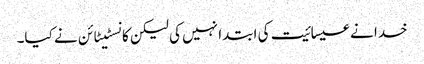
خدا نے عیسائیت کی ابتدا نہیں کی لیکن کانسٹیٹائن نے کیا۔